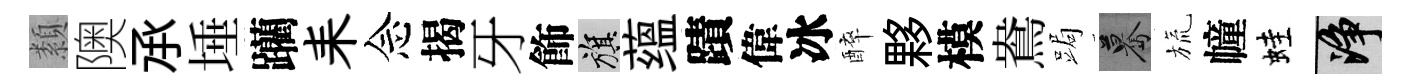
纇隩𠄘埵躪耒念揭牙飾旗蕴蹟偉冰醉夥模鴦跼驀旒幢蛙净